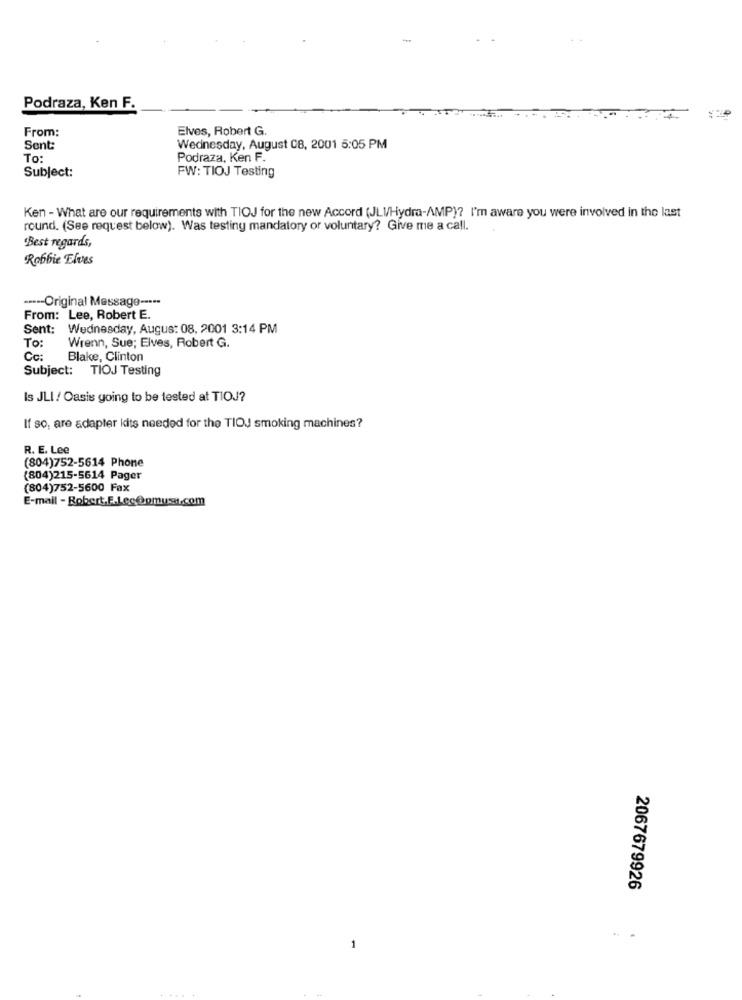
Podraza, Ken F.
From:
Elves, Robert G.
Sent:
Wednesday, August CB, 2001 5:05 PM
To:
Podraza, Ken F.
Subject:
FW: TIOJ Testing
Ken - What are our requirements with TIOJ for the new Accord (JLI/Hydra-AMP)? I'm aware you were involved in the last
round. (See request below). Was testing mandatory or voluntary? Give me a call.
'Best regards,
Robbie Elves
----- Original Message -----
From: Lee, Robert E.
Sent: Wednesday, August 08, 2001 3:14 PM
To:
Wrenn, Sue; Elves, Robert G.
Cc:
Blake, Clinton
Subject: TIOJ Testing
Is JLI / Oasis going to be tested at TIOJ?
If so, are adapter kits needed for the TIOJ smoking machines?
R. E. Lee
(804)752-5614 Phone
(804)215-5614 Pager
(804)752-5600 Fax
E-mail - Robert.F.LecOpmusi.com
2067679926
-